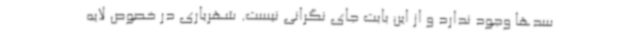
سدها وجود ندارد و از این بابت جای نگرانی نیست. شهریاری در خصوص لایه